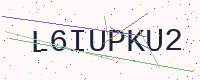
Text: L6IUPKU2